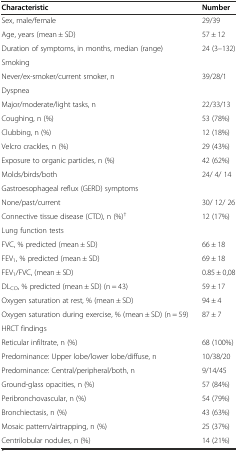
<table><thead><tr><td><b>Characteristic</b></td><td><b>Number</b></td></tr></thead><tbody><tr><td>Sex, male/female</td><td>29/39</td></tr><tr><td>Age, years (mean ± SD)</td><td>57 ± 12</td></tr><tr><td>Duration of symptoms, in months, median (range)</td><td>24 (3–132)</td></tr><tr><td>Smoking</td><td></td></tr><tr><td>Never/ex-smoker/current smoker, n</td><td>39/28/1</td></tr><tr><td>Dyspnea</td><td></td></tr><tr><td>Major/moderate/light tasks, n</td><td>22/33/13</td></tr><tr><td>Coughing, n (%)</td><td>53 (78%)</td></tr><tr><td>Clubbing, n (%)</td><td>12 (18%)</td></tr><tr><td>Velcro crackles, n (%)</td><td>29 (43%)</td></tr><tr><td>Exposure to organic particles, n (%)</td><td>42 (62%)</td></tr><tr><td>Molds/birds/both</td><td>24/ 4/ 14</td></tr><tr><td>Gastroesophageal reflux (GERD) symptoms</td><td></td></tr><tr><td>None/past/current</td><td>30/ 12/ 26</td></tr><tr><td>Connective tissue disease (CTD), n (%)<sup>†</sup></td><td>12 (17%)</td></tr><tr><td>Lung function tests</td><td></td></tr><tr><td>FVC, % predicted (mean ± SD)</td><td>66 ± 18</td></tr><tr><td>FEV<sub>1</sub>, % predicted (mean ± SD)</td><td>69 ± 18</td></tr><tr><td>FEV<sub>1</sub>/FVC, (mean ± SD)</td><td>0.85 ± 0,08</td></tr><tr><td>DL<sub>CO</sub>, % predicted (mean ± SD) (n = 43)</td><td>59 ± 17</td></tr><tr><td>Oxygen saturation at rest, % (mean ± SD)</td><td>94 ± 4</td></tr><tr><td>Oxygen saturation during exercise, % (mean ± SD) (n = 59)</td><td>87 ± 7</td></tr><tr><td>HRCT findings</td><td></td></tr><tr><td>Reticular infiltrate, n (%)</td><td>68 (100%)</td></tr><tr><td>Predominance: Upper lobe/lower lobe/diffuse, n</td><td>10/38/20</td></tr><tr><td>Predominance: Central/peripheral/both, n</td><td>9/14/45</td></tr><tr><td>Ground-glass opacities, n (%)</td><td>57 (84%)</td></tr><tr><td>Peribronchovascular, n (%)</td><td>54 (79%)</td></tr><tr><td>Bronchiectasis, n (%)</td><td>43 (63%)</td></tr><tr><td>Mosaic pattern/airtrapping, n (%)</td><td>25 (37%)</td></tr><tr><td>Centrilobular nodules, n (%)</td><td>14 (21%)</td></tr></tbody></table>